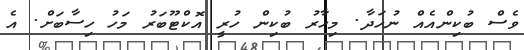
ވެސް ބުކިންއެއް ނުހަދާ. މިހާރު ބުކިން ހުރީ އޮކްޓޫބަރު މަހު ހިސާބަށް. އެ